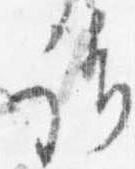
請